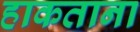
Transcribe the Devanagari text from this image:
हाकताना